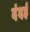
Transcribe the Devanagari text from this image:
दंदई